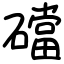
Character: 礑